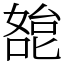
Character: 㗠